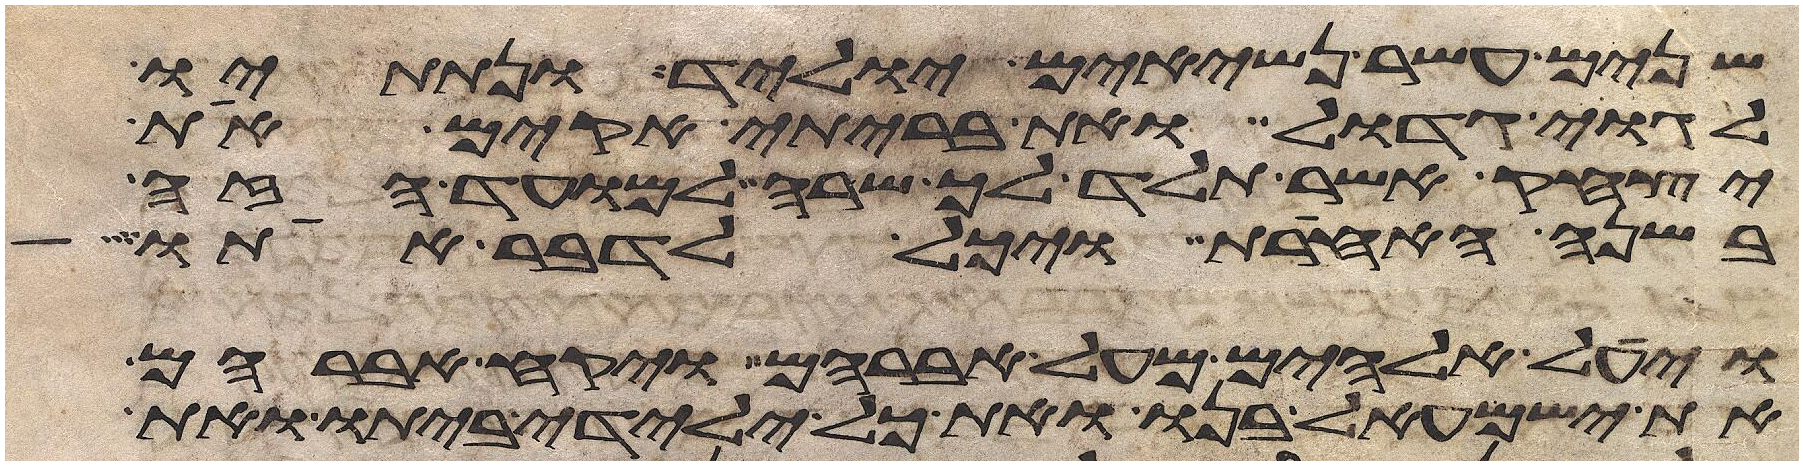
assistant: שנים עשר נשיאים יוליד ונתתיו
לגוי גדול ואת בריתי אקים את
יצחק אשר תלד לך שרה למועד הזה
בשנה האחרת ויכל לדבר אתו
ויעל אלהים מעל אברהם ויקח אברהם
את ישמעאל בנו ואת כל ילידי ביתו ואת